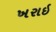
ખરાઇ